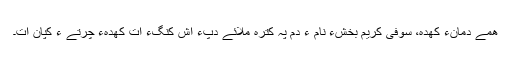
ھمے دمانءَ کھدہ، سوفی کریم بخشءِ نام ءَ دم پہ کترہ ملائے دپءَ اِش کنگءَ اَت کھدہءَ چُرتے ءَ کپان اَت۔